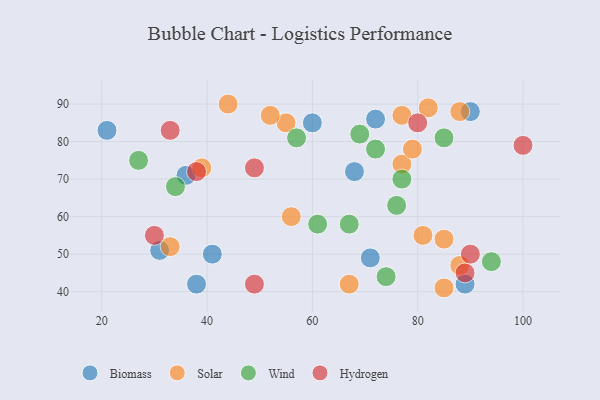
{"axis": {"x": "GDP", "y": "Life Expectancy"}, "legend": ["Biomass", "Hydrogen", "Solar", "Wind"], "data": [{"x": "36", "y": 71, "type": "Biomass"}, {"x": "89", "y": 42, "type": "Biomass"}, {"x": "68", "y": 72, "type": "Biomass"}, {"x": "90", "y": 88, "type": "Biomass"}, {"x": "21", "y": 83, "type": "Biomass"}, {"x": "60", "y": 85, "type": "Biomass"}, {"x": "31", "y": 51, "type": "Biomass"}, {"x": "38", "y": 42, "type": "Biomass"}, {"x": "72", "y": 86, "type": "Biomass"}, {"x": "71", "y": 49, "type": "Biomass"}, {"x": "41", "y": 50, "type": "Biomass"}, {"x": "88", "y": 88, "type": "Solar"}, {"x": "77", "y": 74, "type": "Solar"}, {"x": "44", "y": 90, "type": "Solar"}, {"x": "82", "y": 89, "type": "Solar"}, {"x": "56", "y": 60, "type": "Solar"}, {"x": "85", "y": 54, "type": "Solar"}, {"x": "79", "y": 78, "type": "Solar"}, {"x": "33", "y": 52, "type": "Solar"}, {"x": "85", "y": 41, "type": "Solar"}, {"x": "77", "y": 87, "type": "Solar"}, {"x": "88", "y": 47, "type": "Solar"}, {"x": "55", "y": 85, "type": "Solar"}, {"x": "67", "y": 42, "type": "Solar"}, {"x": "39", "y": 73, "type": "Solar"}, {"x": "52", "y": 87, "type": "Solar"}, {"x": "81", "y": 55, "type": "Solar"}, {"x": "67", "y": 58, "type": "Wind"}, {"x": "27", "y": 75, "type": "Wind"}, {"x": "72", "y": 78, "type": "Wind"}, {"x": "57", "y": 81, "type": "Wind"}, {"x": "85", "y": 81, "type": "Wind"}, {"x": "94", "y": 48, "type": "Wind"}, {"x": "61", "y": 58, "type": "Wind"}, {"x": "76", "y": 63, "type": "Wind"}, {"x": "69", "y": 82, "type": "Wind"}, {"x": "77", "y": 70, "type": "Wind"}, {"x": "74", "y": 44, "type": "Wind"}, {"x": "34", "y": 68, "type": "Wind"}, {"x": "30", "y": 55, "type": "Hydrogen"}, {"x": "80", "y": 85, "type": "Hydrogen"}, {"x": "100", "y": 79, "type": "Hydrogen"}, {"x": "89", "y": 45, "type": "Hydrogen"}, {"x": "49", "y": 73, "type": "Hydrogen"}, {"x": "38", "y": 72, "type": "Hydrogen"}, {"x": "90", "y": 50, "type": "Hydrogen"}, {"x": "49", "y": 42, "type": "Hydrogen"}, {"x": "33", "y": 83, "type": "Hydrogen"}]}